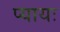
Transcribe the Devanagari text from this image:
प्यायः